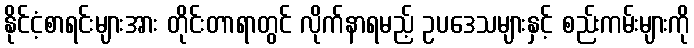
နိုင်ငံ့စာရင်းများအား တိုင်းတာရာတွင် လိုက်နာရမည့် ဥပဒေသများနှင့် စည်းကမ်းများကို